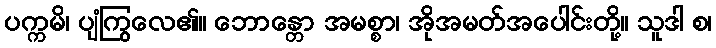
ပက္ကမိ၊ ပျံကြွလေ၏။ ဘောန္တော အမစ္စာ၊ အိုအမတ်အပေါင်းတို့။ သူဒါ စ၊